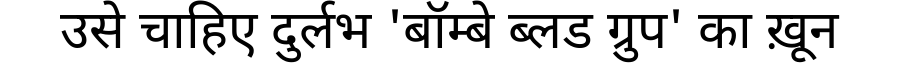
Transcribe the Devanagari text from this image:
उसे चाहिए दुर्लभ 'बॉम्बे ब्लड ग्रुप' का ख़ून